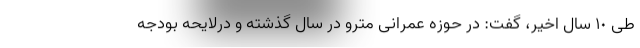
طی ١٠ سال اخیر، گفت: در حوزه عمرانی مترو در سال گذشته و درلایحه بودجه